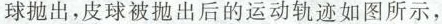
球抛出，皮球被抛出后的运动轨迹如图所示，